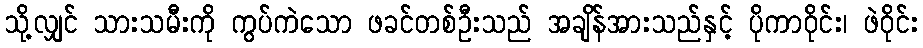
သို့လျှင် သားသမီးကို ကွပ်ကဲသော ဖခင်တစ်ဦးသည် အချိန်အားသည်နှင့် ပိုကာဝိုင်း၊ ဖဲဝိုင်း